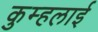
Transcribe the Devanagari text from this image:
कुम्हलाई